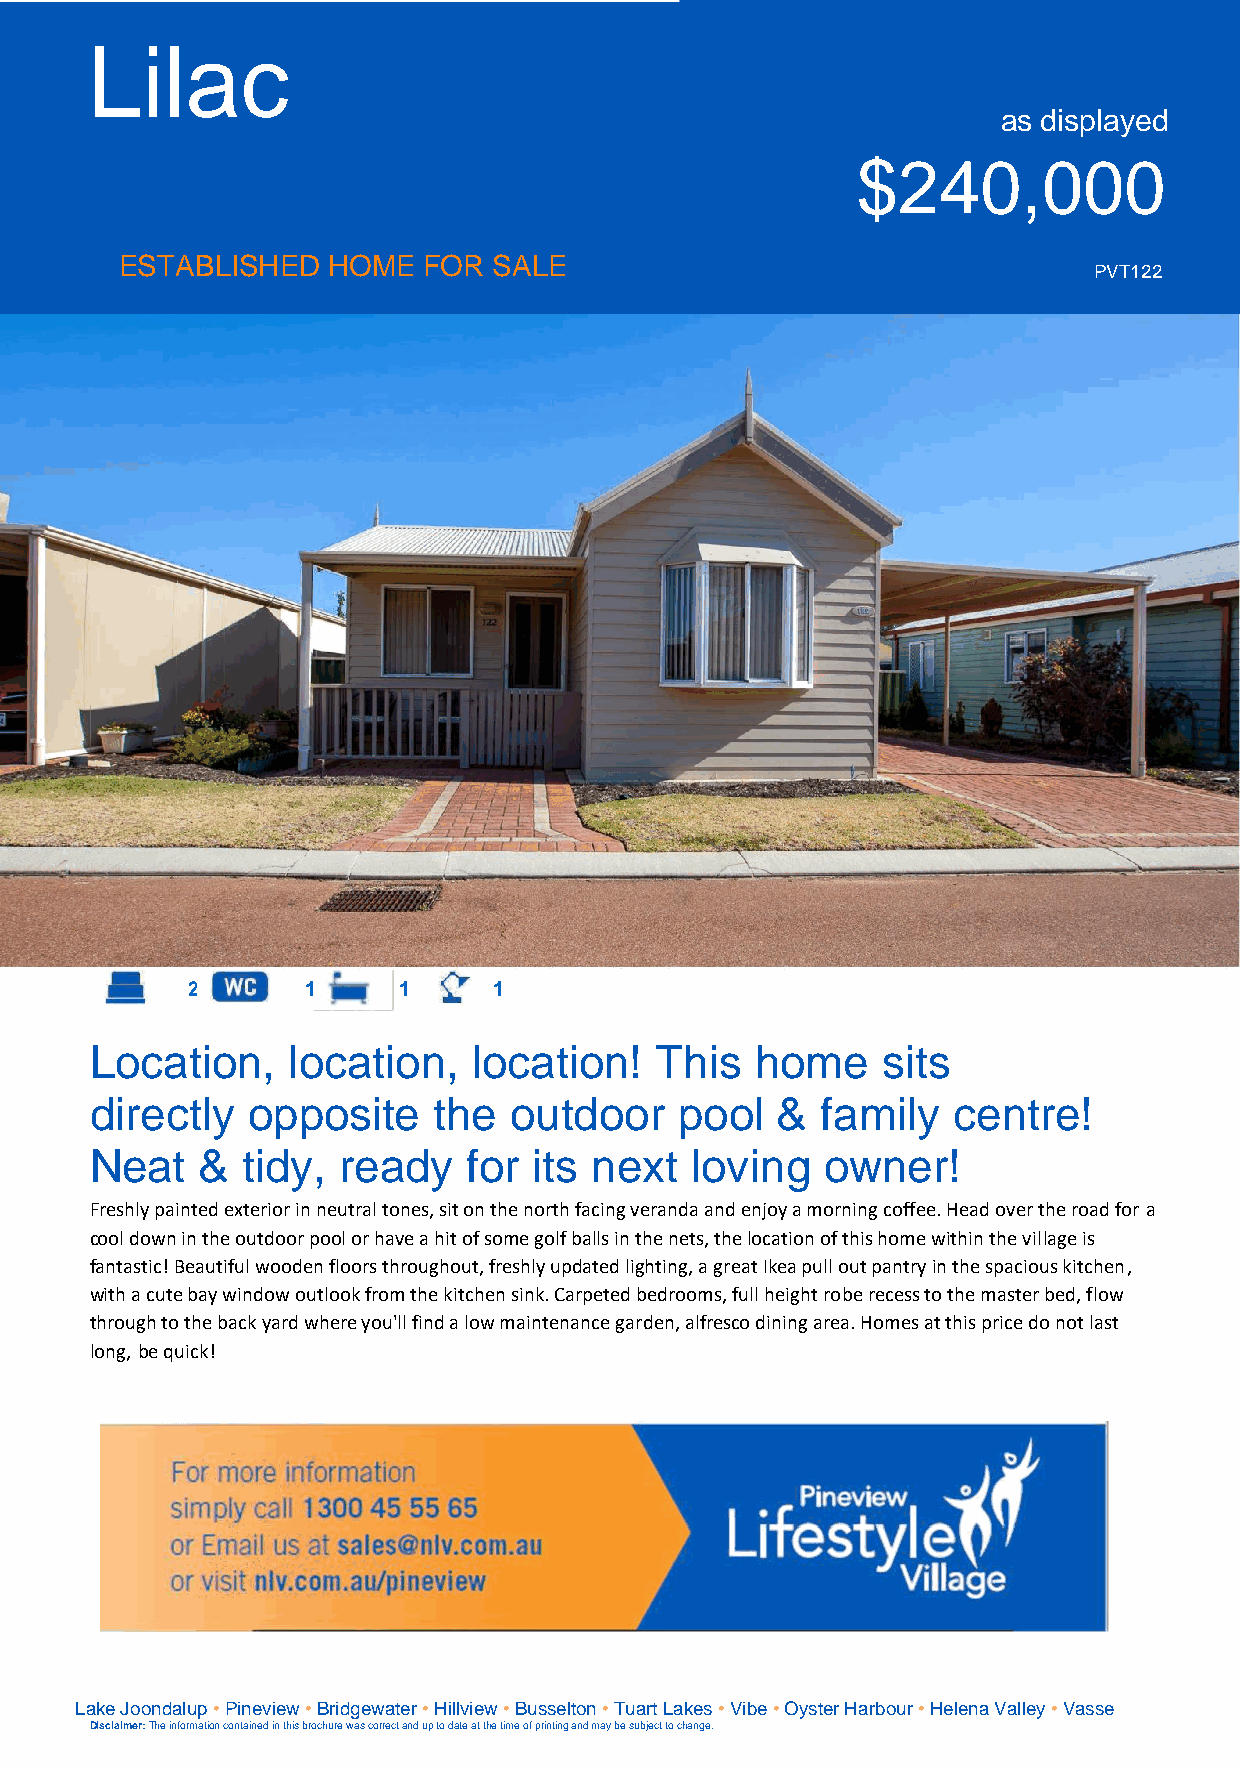
Lilac
 as displayed
 $240,000
 ESTABLISHED   HOME  FOR  SALE
 PVT122
 2       1     1      1
 Location,    location,   location!   This   home    sits
 directly  opposite     the  outdoor    pool  &  family   centre!
 Neat   &  tidy, ready    for its next   loving   owner!
 Freshly painted exterior in neutral tones, sit on the north facing veranda and enjoy a morning coffee. Head over the road for a
 cool down in the outdoor pool or have a hit of some golf balls in the nets, the location of this home within the village is
 fantastic! Beautiful wooden floors throughout, freshly updated lighting, a great Ikea pull out pantry in the spacious kitchen,
 with a cute bay window outlook from the kitchen sink. Carpeted bedrooms, full height robe recess to the master bed, flow
 through to the back yard where you'll find a low maintenance garden, alfresco dining area. Homes at this price do not last
 long, be quick!
 Lake Joondalup • Pineview • Bridgewater • Hillview • Busselton • Tuart Lakes • Vibe • Oyster Harbour • Helena Valley • Vasse
 Disclaimer: The information contained in this brochure was correct and up to date at the time of printing and may be subject to change.